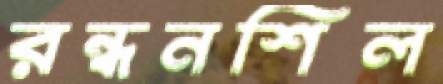
রন্ধনশিল